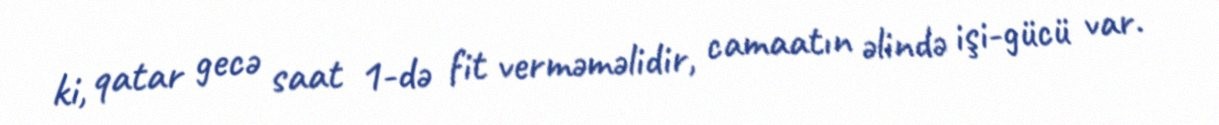
ki, qatar gecə saat 1-də fit verməməlidir, camaatın əlində işi-gücü var.